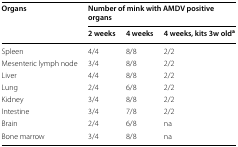
<table><thead><tr><td rowspan="2"><b>Organs</b></td><td colspan="3"><b>Number of mink with AMDV positive organs</b></td></tr><tr><td><b>2 weeks</b></td><td><b>4 weeks</b></td><td><b>4 weeks, kits 3w old<sup>a</sup></b></td></tr></thead><tbody><tr><td>Spleen</td><td>4/4</td><td>8/8</td><td>2/2</td></tr><tr><td>Mesenteric lymph node</td><td>3/4</td><td>8/8</td><td>2/2</td></tr><tr><td>Liver</td><td>4/4</td><td>8/8</td><td>2/2</td></tr><tr><td>Lung</td><td>2/4</td><td>6/8</td><td>2/2</td></tr><tr><td>Kidney</td><td>3/4</td><td>8/8</td><td>2/2</td></tr><tr><td>Intestine</td><td>3/4</td><td>7/8</td><td>2/2</td></tr><tr><td>Brain</td><td>2/4</td><td>6/8</td><td>na</td></tr><tr><td>Bone marrow</td><td>3/4</td><td>8/8</td><td>na</td></tr></tbody></table>